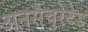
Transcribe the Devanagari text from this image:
अनसैचुरेटेड